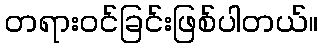
တရားဝင်ခြင်းဖြစ်ပါတယ်။